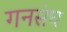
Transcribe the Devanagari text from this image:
गनसंघ